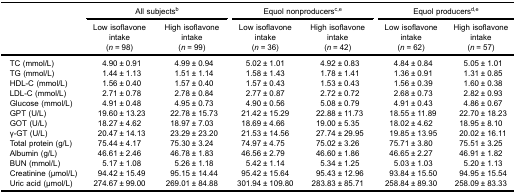
<table><thead><tr><td><b> </b></td><td colspan="2"><b>All subjects<sup>b</sup></b></td><td colspan="2"><b>Equol nonproducers<sup>c,e</sup></b></td><td colspan="2"><b>Equol producers<sup>d,e</sup></b></td></tr><tr><td><b> </b></td><td><b>Low isoflavone intake(<i>n</i> = 98)</b></td><td><b>High isoflavone intake(<i>n</i> = 99)</b></td><td><b>Low isoflavone intake(<i>n</i> = 36)</b></td><td><b>High isoflavone intake(<i>n</i> = 42)</b></td><td><b>Low isoflavone intake(<i>n</i> = 62)</b></td><td><b>High isoflavone intake(<i>n</i> = 57)</b></td></tr></thead><tbody><tr><td>TC (mmol/L)</td><td>4.90 ± 0.91</td><td>4.99 ± 0.94</td><td>5.02 ± 1.01</td><td>4.92 ± 0.83</td><td>4.84 ± 0.84</td><td>5.05 ± 1.01</td></tr><tr><td>TG (mmol/L)</td><td>1.44 ± 1.13</td><td>1.51 ± 1.14</td><td>1.58 ± 1.43</td><td>1.78 ± 1.41</td><td>1.36 ± 0.91</td><td>1.31 ± 0.85</td></tr><tr><td>HDL-C (mmol/L)</td><td>1.56 ± 0.40</td><td>1.57 ± 0.40</td><td>1.57 ± 0.43</td><td>1.53 ± 0.43</td><td>1.56 ± 0.39</td><td>1.60 ± 0.38</td></tr><tr><td>LDL-C (mmol/L)</td><td>2.71 ± 0.78</td><td>2.78 ± 0.84</td><td>2.77 ± 0.87</td><td>2.72 ± 0.72</td><td>2.68 ± 0.73</td><td>2.82 ± 0.93</td></tr><tr><td>Glucose (mmol/L)</td><td>4.91 ± 0.48</td><td>4.95 ± 0.73</td><td>4.90 ± 0.56</td><td>5.08 ± 0.79</td><td>4.91 ± 0.43</td><td>4.86 ± 0.67</td></tr><tr><td>GPT (U/L)</td><td>19.60 ± 13.23</td><td>22.78 ± 15.73</td><td>21.42 ± 15.29</td><td>22.88 ± 11.73</td><td>18.55 ± 11.89</td><td>22.70 ± 18.23</td></tr><tr><td>GOT (U/L)</td><td>18.27 ± 4.62</td><td>18.97 ± 7.03</td><td>18.69 ± 4.66</td><td>19.00 ± 5.35</td><td>18.02 ± 4.62</td><td>18.95 ± 8.10</td></tr><tr><td>γ-GT (U/L)</td><td>20.47 ± 14.13</td><td>23.29 ± 23.20</td><td>21.53 ± 14.56</td><td>27.74 ± 29.95</td><td>19.85 ± 13.95</td><td>20.02 ± 16.11</td></tr><tr><td>Total protein (g/L)</td><td>75.44 ± 4.17</td><td>75.30 ± 3.24</td><td>74.97 ± 4.75</td><td>75.02 ± 3.26</td><td>75.71 ± 3.80</td><td>75.51 ± 3.25</td></tr><tr><td>Albumin (g/L)</td><td>46.61 ± 2.46</td><td>46.78 ± 1.83</td><td>46.56 ± 2.79</td><td>46.60 ± 1.86</td><td>46.65 ± 2.27</td><td>46.91 ± 1.82</td></tr><tr><td>BUN (mmol/L)</td><td>5.17 ± 1.08</td><td>5.26 ± 1.18</td><td>5.42 ± 1.14</td><td>5.34 ± 1.25</td><td>5.03 ± 1.03</td><td>5.20 ± 1.13</td></tr><tr><td>Creatinine (μmol/L)</td><td>94.42 ± 15.49</td><td>95.15 ± 14.44</td><td>95.42 ± 15.64</td><td>95.43 ± 12.96</td><td>93.84 ± 15.50</td><td>94.95 ± 15.54</td></tr><tr><td>Uric acid (μmol/L)</td><td>274.67 ± 99.00</td><td>269.01 ± 84.88</td><td>301.94 ± 109.80</td><td>283.83 ± 85.71</td><td>258.84 ± 89.30</td><td>258.09 ± 83.33</td></tr></tbody></table>